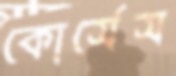
কোর্সেস